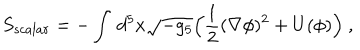
S _ { s c a l a r } = - \int \, d ^ { 5 } x \sqrt { - g _ { 5 } } \Big ( \frac { 1 } { 2 } ( \nabla \phi ) ^ { 2 } + U ( \phi ) \Big ) \ ,